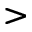
>